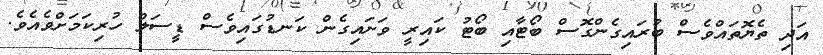
އަދި ތެޔޮތައްވެސް ބުރައިގެންގޮސް ބޯޓާއި ބޯޓު ކައިރީ ވަށައިގެން ކަނޑުގައިވެސް ޑީސަލް ހުރިކަމަށްވެއެވެ.